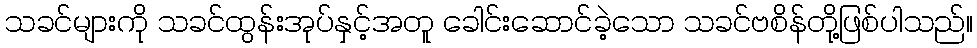
သခင်များကို သခင်ထွန်းအုပ်နှင့်အတူ ခေါင်းဆောင်ခဲ့သော သခင်ဗစိန်တို့ဖြစ်ပါသည်။